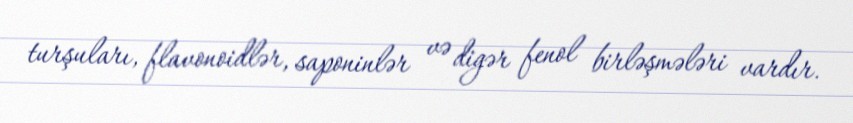
turşuları, flavonoidlər, saponinlər və digər fenol birləşmələri vardır.